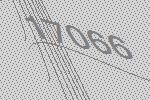
17066